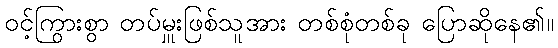
ဝင့်ကြွားစွာ တပ်မှူးဖြစ်သူအား တစ်စုံတစ်ခု ပြောဆိုနေ၏။